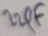
Text: 22PF